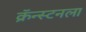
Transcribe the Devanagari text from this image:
क्रॅन्स्टनला